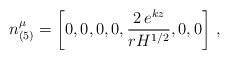
\begin{align*}n^{\mu}_{(5)}=\left[ 0,0,0,0,\frac{2\,e^{kz}}{rH^{1/2}},0,0 \right]\,,\end{align*}